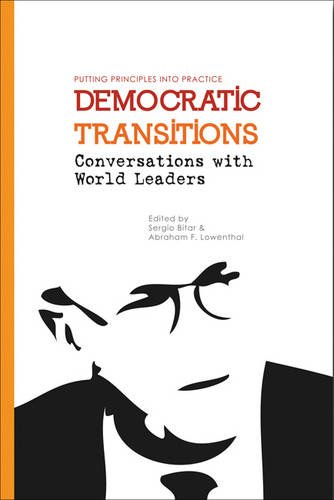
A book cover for Democratic Transitions: Conversations with World Leaders; Law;